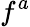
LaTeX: f^{a}